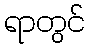
ရာတွင်